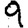
Digit: 9